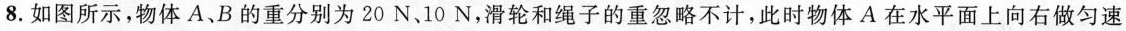
8.如图所示，物体A、B的重分别为20N、10N，滑轮和绳子的重忽略不计，此时物体A在水平面上向右做匀速